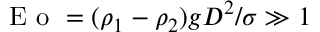
\displaystyle \mathrm { ~ E ~ o ~ } = ( \rho _ { 1 } - \rho _ { 2 } ) g D ^ { 2 } / \sigma \gg 1